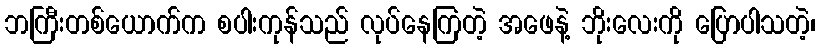
ဘကြီးတစ်ယောက်က စပါးကုန်သည် လုပ်နေကြတဲ့ အဖေနဲ့ ဘိုးလေးကို ပြောပါသတဲ့၊